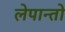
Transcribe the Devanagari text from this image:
लेपान्तो